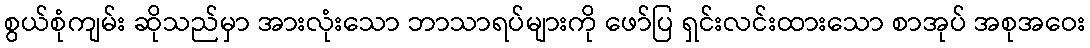
စွယ်စုံကျမ်း ဆိုသည်မှာ အားလုံးသော ဘာသာရပ်များကို ဖော်ပြ ရှင်းလင်းထားသော စာအုပ် အစုအဝေး